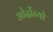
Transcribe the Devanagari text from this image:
ओर्दोन्यो